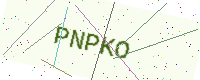
Text: PNPKO